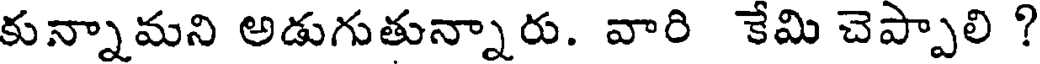
కున్నామని అడుగుతున్నారు. వారి కేమి చెప్పాలి ?